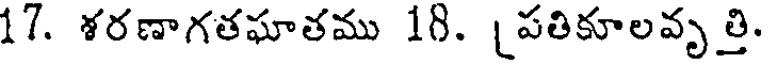
1/. శరణాగతఘాతము 10. పతికూలవృత్తి.